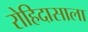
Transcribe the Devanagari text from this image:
रोहिदासाला